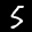
Digit: 5